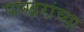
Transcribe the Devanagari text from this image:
पाखरांच्या